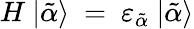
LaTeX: H\ |\tilde{\alpha}\rangle~=~\varepsilon_{\tilde{\alpha}}\ |\tilde{\alpha}\rangle